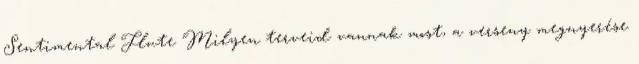
Sentimental Flute Milyen terveid vannak most, a verseny megnyerése